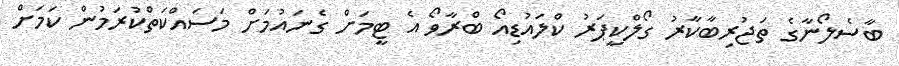
ބާސެލޯނާގެ ތަޖުރިބާކާރު ގޯލްކީޕަރު ކްލައުޑިއޯ ބްރާވޯ އެ ޓީމަށް ގެނައުމަށް މަސައްކަތްކުރަމުން ކަމަށް